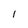
Character: l